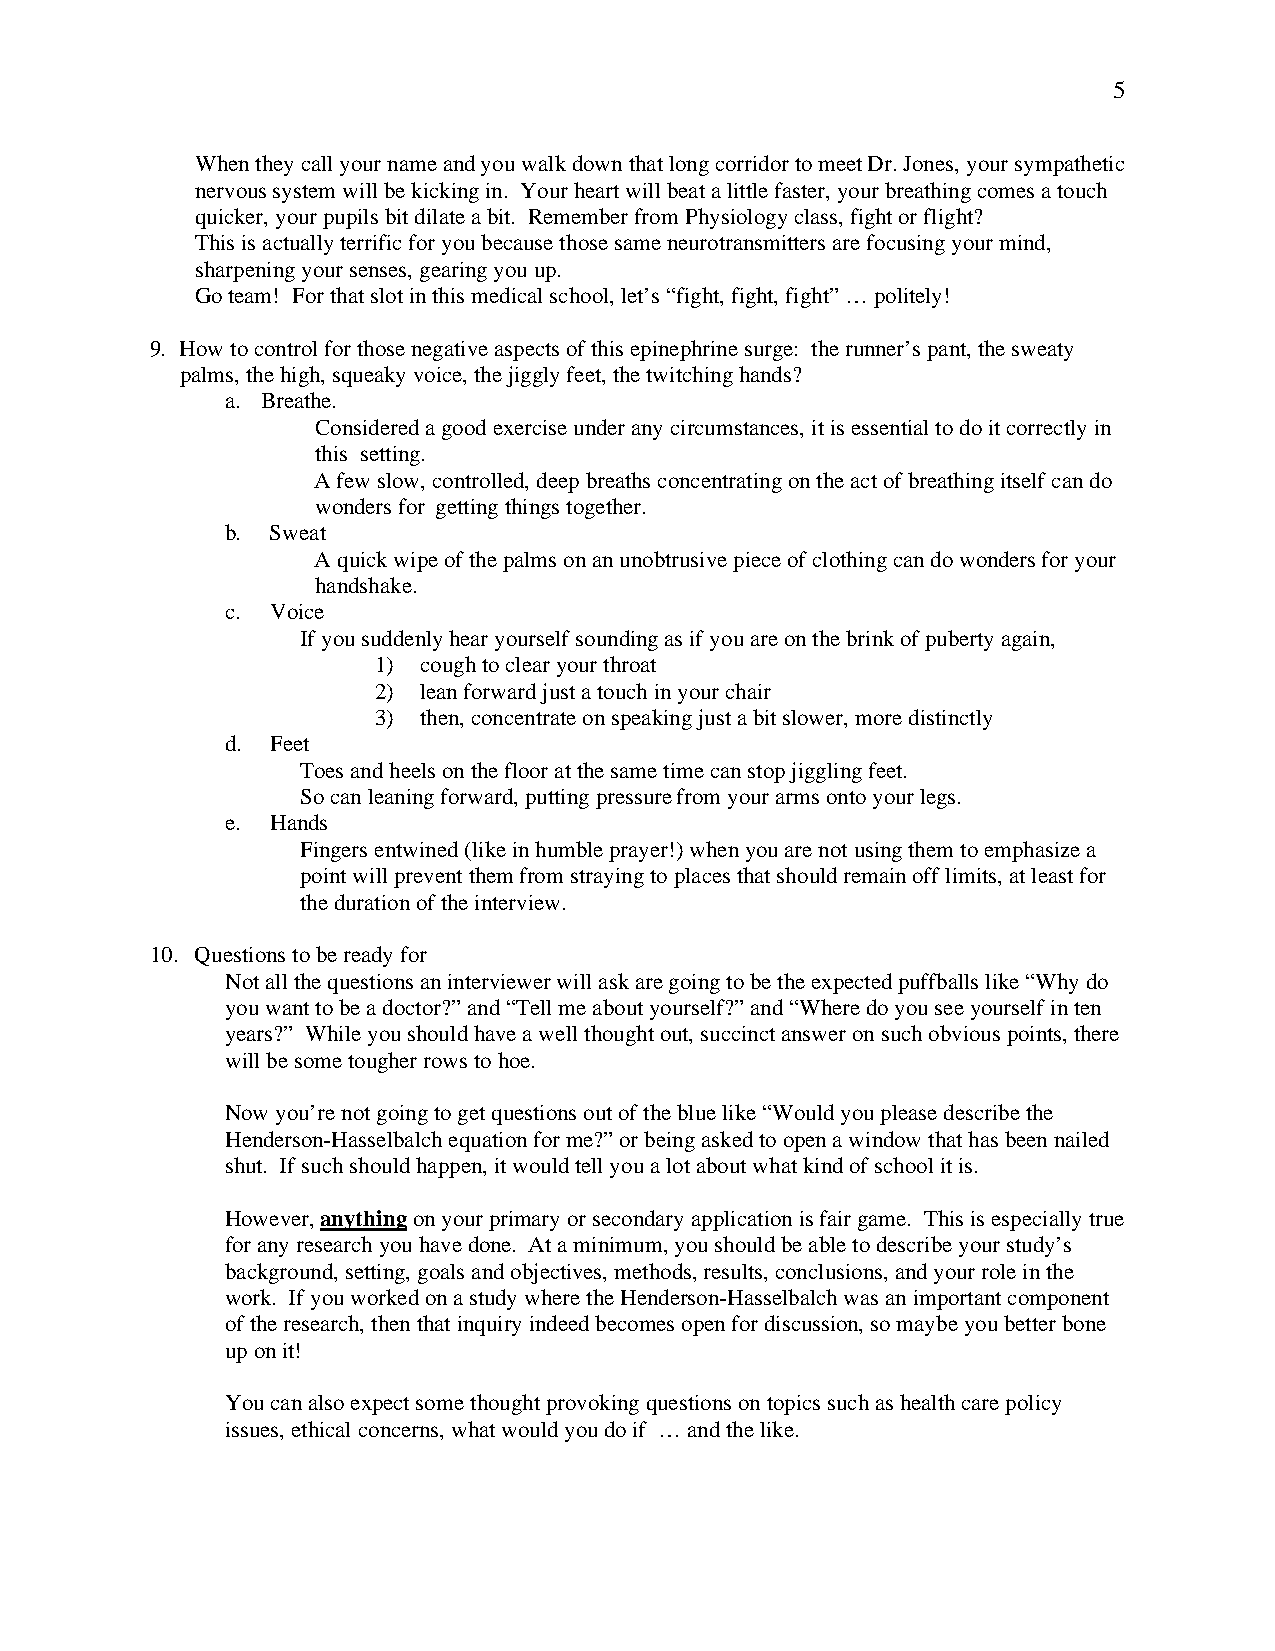
5
 When they call your name and you walk down that long corridor to meet Dr. Jones, your sympathetic
 nervous system will be kicking in. Your heart will beat a little faster, your breathing comes a touch
 quicker, your pupils bit dilate a bit. Remember from Physiology class, fight or flight?
 This is actually terrific for you because those same neurotransmitters are focusing your mind,
 sharpening your senses, gearing you up.
 Go team! For that slot in this medical school, let’s “fight, fight, fight” … politely!
 9. How to control for those negative aspects of this epinephrine surge: the runner’s pant, the sweaty
 palms, the high, squeaky voice, the jiggly feet, the twitching hands?
 a. Breathe.
 Considered a good exercise under any circumstances, it is essential to do it correctly in
 this setting.
 A few slow, controlled, deep breaths concentrating on the act of breathing itself can do
 wonders for getting things together.
 b. Sweat
 A quick wipe of the palms on an unobtrusive piece of clothing can do wonders for your
 handshake.
 c. Voice
 If you suddenly hear yourself sounding as if you are on the brink of puberty again,
 1) cough to clear your throat
 2) lean forward just a touch in your chair
 3) then, concentrate on speaking just a bit slower, more distinctly
 d. Feet
 Toes and heels on the floor at the same time can stop jiggling feet.
 So can leaning forward, putting pressure from your arms onto your legs.
 e. Hands
 Fingers entwined (like in humble prayer!) when you are not using them to emphasize a
 point will prevent them from straying to places that should remain off limits, at least for
 the duration of the interview.
 10. Questions to be ready for
 Not all the questions an interviewer will ask are going to be the expected puffballs like “Why do
 you want to be a doctor?” and “Tell me about yourself?” and “Where do you see yourself in ten
 years?” While you should have a well thought out, succinct answer on such obvious points, there
 will be some tougher rows to hoe.
 Now you’re not going to get questions out of the blue like “Would you please describe the
 Henderson-Hasselbalch equation for me?” or being asked to open a window that has been nailed
 shut. If such should happen, it would tell you a lot about what kind of school it is.
 However, anything on your primary or secondary application is fair game. This is especially true
 for any research you have done. At a minimum, you should be able to describe your study’s
 background, setting, goals and objectives, methods, results, conclusions, and your role in the
 work. If you worked on a study where the Henderson-Hasselbalch was an important component
 of the research, then that inquiry indeed becomes open for discussion, so maybe you better bone
 up on it!
 You can also expect some thought provoking questions on topics such as health care policy
 issues, ethical concerns, what would you do if … and the like.